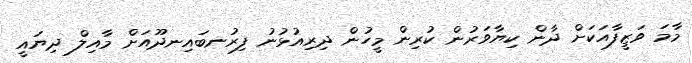
މާމަ ވަޒީފާއަކަށް ދާން ކިޔާވަރުން ކުރިން މީހުން ދިރިއުޅުނު ފިރުނބައިނދޫއަށް މާއިލް ދިޔައީ